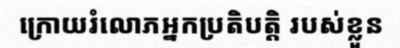
ក្រោយរំលោភអ្នកប្រតិបត្តិ របស់ខ្លួន